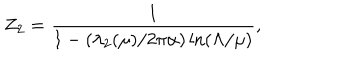
Z _ { 2 } = { \frac { 1 } { 1 - ( \lambda _ { 2 } ( \mu ) / 2 \pi \alpha ) \ln ( \Lambda / \mu ) } } ,